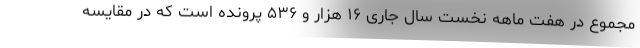
مجموع در هفت ماهه نخست سال جاری ۱۶ هزار و ۵۳۶ پرونده است که در مقایسه